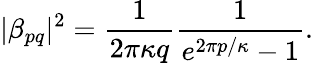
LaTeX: |\beta_{pq}|^{2}=\frac{1}{2\pi\kappa q}\frac{1}{e^{2\pi p/\kappa}-1}.